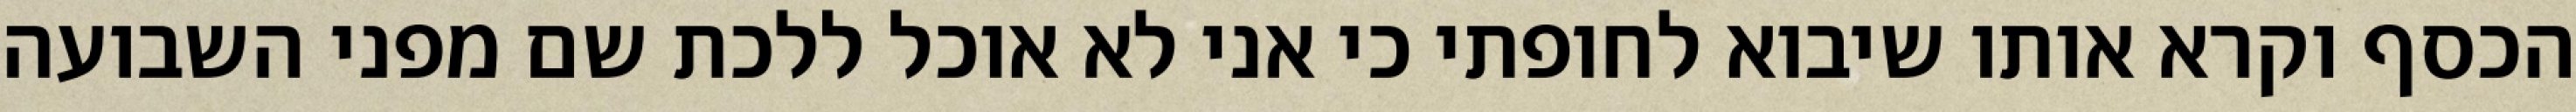
הכסף וקרא אותו שיבוא לחופתי כי אני לא אוכל ללכת שם מפני השבועה